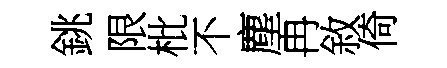
銚限枇不塵冉敘倚